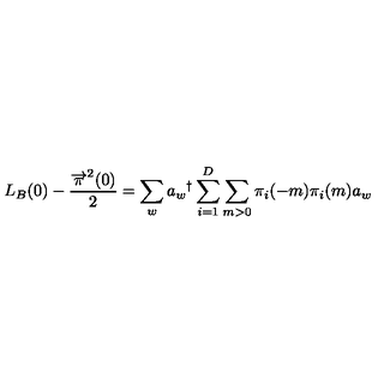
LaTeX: L _ { B } ( 0 ) - \frac { { \overrightarrow { \pi } } ^ { 2 } ( 0 ) } { 2 } = \sum _ { w } a _ { w } { } ^ { \dag } \sum _ { i = 1 } ^ { D } \sum _ { m > 0 } \pi _ { i } ( - m ) \pi _ { i } ( m ) a _ { w }